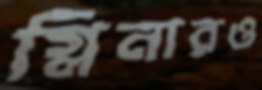
গ্লিনারও